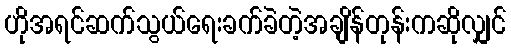
ဟိုအရင်ဆက်သွယ်ရေးခက်ခဲတဲ့အချိန်တုန်းကဆိုလျှင်